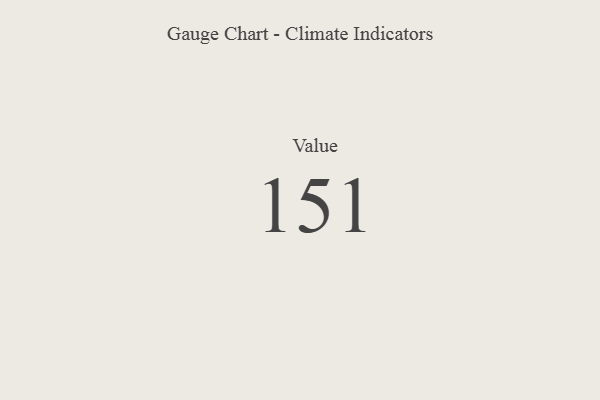
{"axis": {"x": "Metric", "y": "Value"}, "legend": [""], "data": [{"x": "Value", "y": 151, "type": ""}]}